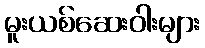
မူးယစ်ဆေးဝါးများ